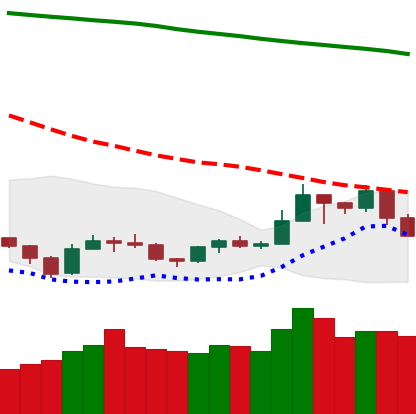
Ticker: TRX-USD
Chart end date: 2019-09-23
Forward return: -14.9%
Label: down_7plus